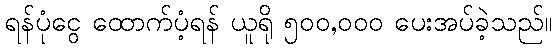
ရန်ပုံငွေ ထောက်ပံ့ရန် ယူရို ၅၀၀,၀၀၀ ပေးအပ်ခဲ့သည်။